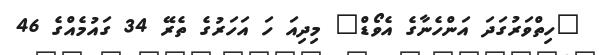
"ހިތްވަރުގަދަ އަންހެނާގެ އެވޯޑް" މިދިއަ ހަ އަހަރުގެ ތެރޭ 34 ގައުމެއްގެ 46